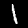
Digit: 1